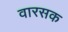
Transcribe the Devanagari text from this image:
वारसक